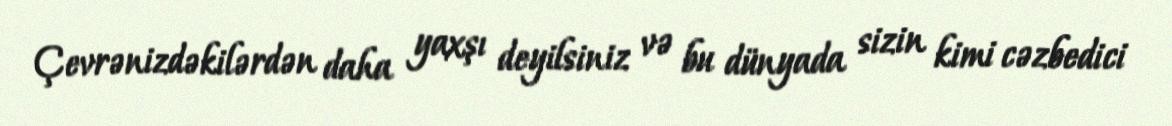
Çevrənizdəkilərdən daha yaxşı deyilsiniz və bu dünyada sizin kimi cəzbedici